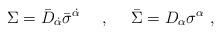
LaTeX: \begin{align*}\Sigma = \bar D _{\dot\alpha} \bar\sigma^{\dot\alpha} ~~~~,~~~~\bar\Sigma = D_\alpha \sigma^\alpha \ ,\end{align*}